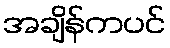
အချိန်ကပင်